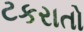
ટકરાતો